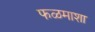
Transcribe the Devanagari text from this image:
फळमाशा